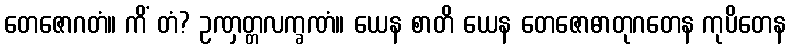
တေဇောဂတံ။ ကိံ တံ? ဥဏှတ္တလက္ခဏံ။ ယေန စာတိ ယေန တေဇောဓာတုဂတေန ကုပိတေန